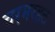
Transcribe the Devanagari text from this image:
चरमरहट